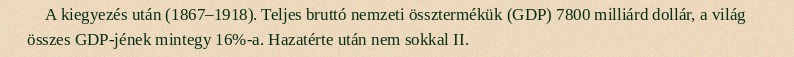
A kiegyezés után (1867–1918). Teljes bruttó nemzeti össztermékük (GDP) 7800 milliárd dollár, a világ összes GDP-jének mintegy 16%-a. Hazatérte után nem sokkal II.